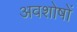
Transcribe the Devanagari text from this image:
अवशोषों